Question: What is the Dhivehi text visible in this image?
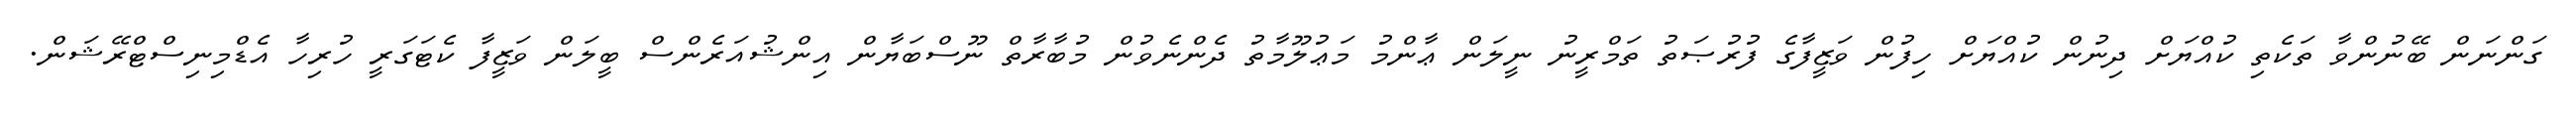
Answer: ގަންނަން ބޭނުންވާ ތަކެތި ކުއްޔަށް ދިނުން ކުއްޔަށް ހިފުން ވަޒީފާގެ ފުރުޞަތު ތަމްރީނު ނީލަން ޢާންމު މަޢުލޫމާތު ދެންނެވުން މުބާރާތް ނޫސްބަޔާން އިންޝުއަރެންސް ބީލަން ވަޒީފާ ކެޓަގަރީ ހުރިހާ އެޑްމިނިސްޓްރޭޝަން.